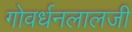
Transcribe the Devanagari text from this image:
गोवर्धनलालजी